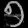
Digit: ၅